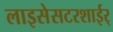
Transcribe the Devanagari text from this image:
लाइसेसटरशाईर्